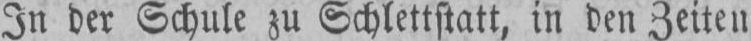
In der Schule zu Schlettstatt, in den Zeiten